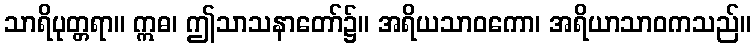
သာရိပုတ္တရာ။ ဣဓ၊ ဤသာသနာတော်၌။ အရိယသာဝကော၊ အရိယာသာဝကသည်။